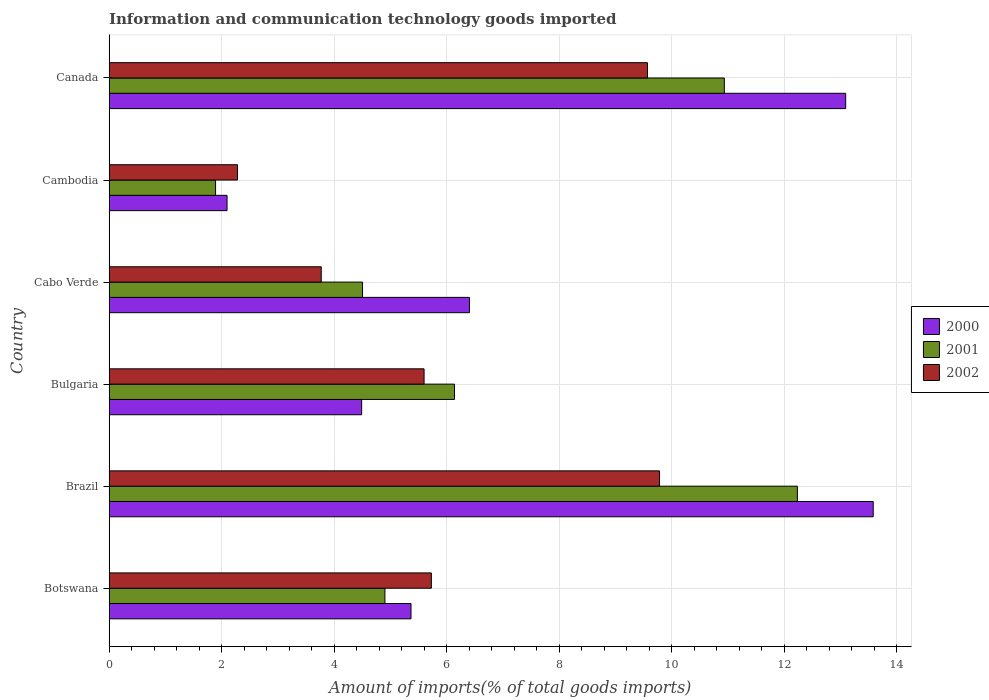
| Country | 2000 | 2001 | 2002 |
 | --- | --- | --- | --- |
 | Botswana | 5.37 | 4.9 | 5.73 |
 | Brazil | 13.6 | 12.2 | 9.78 |
 | Bulgaria | 4.49 | 6.14 | 5.6 |
 | Cabo Verde | 6.4 | 4.5 | 3.77 |
 | Cambodia | 2.1 | 1.89 | 2.28 |
 | Canada | 13.1 | 10.9 | 9.57 |